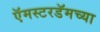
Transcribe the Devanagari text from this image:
ऍमस्टरडॅमच्या